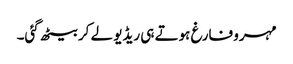
مہرو فارغ ہوتے ہی ریڈیو لے کر بیٹھ گئی۔